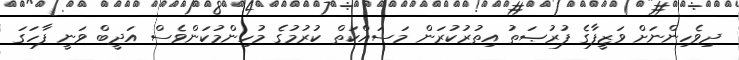
ދިވެހިންނަށް ވަޒީފާގެ ފުރުޞަތު އިތުރުކުރަން މަސައްކަތް ކުރުމުގެ މުހިންމުކަންވެސް އަދީބް ވަނީ ފާހަގަ